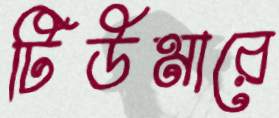
টিউমারে